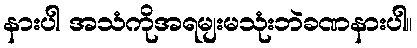
နားပါ အသံကိုအရမျးမသုံးဘဲခဏနားပါ။